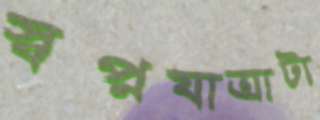
স্বপ্নযাত্রাটা